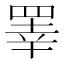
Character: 睪